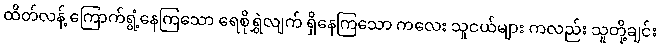
ထိတ်လန့် ကြောက်ရွံ့နေကြသော ရေစိုရွှဲလျက် ရှိနေကြသော ကလေး သူငယ်များ ကလည်း သူတို့ချင်း